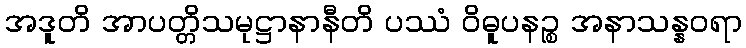
အဒူတိ အာပတ္တိသမုဋ္ဌာနာနီတိ ပဿံ ဝိဓူပနဉ္စ အနာသန္နဝရာ